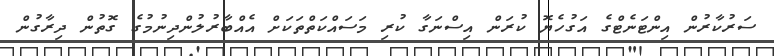
ސަރުކާރުން އިންޓަނެޓްގެ އަގުހެޔޮ ކުރަން އިސްނަގާ ކުރި މަސައްކަތްތަކަށް އެއްބާރުލުންދިނުމުގެ ގޮތުން ދިރާގުން